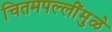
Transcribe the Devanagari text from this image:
चितमपल्लींमुळे